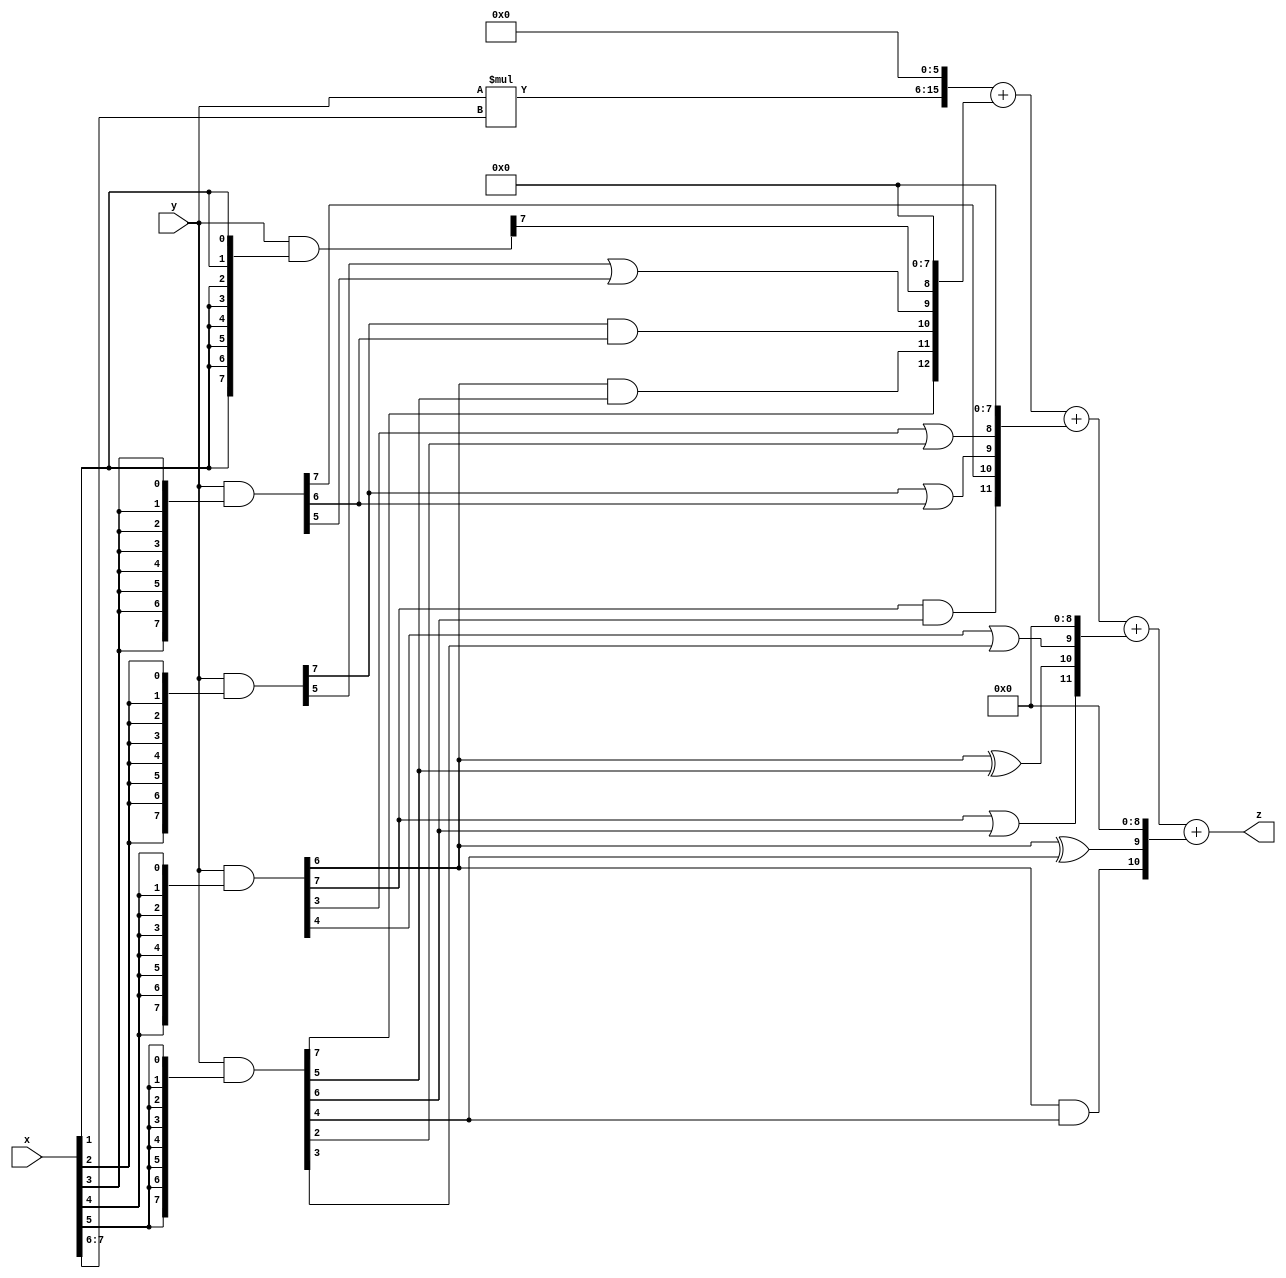
// terms: 14
// fval:  511910.25

module unsigned_exchange_8x8_l6_lamb30000_9 (
	input [7:0] x,
	input [7:0] y,
	output [15:0] z
);

wire [7:0] part1 =  y & {8{x[0]}};
wire [7:0] part2 =  y & {8{x[1]}};
wire [7:0] part3 =  y & {8{x[2]}};
wire [7:0] part4 =  y & {8{x[3]}};
wire [7:0] part5 =  y & {8{x[4]}};
wire [7:0] part6 =  y & {8{x[5]}};
wire [7:0] part7 =  y & {8{x[6]}};
wire [7:0] part8 =  y & {8{x[7]}};

wire [12:0] new_part1;
assign new_part1[0] = 0;
assign new_part1[1] = 0;
assign new_part1[2] = 0;
assign new_part1[3] = 0;
assign new_part1[4] = 0;
assign new_part1[5] = 0;
assign new_part1[6] = 0;
assign new_part1[7] = 0;
assign new_part1[8] = part2[7];
assign new_part1[9] = part3[5] | part4[5];
assign new_part1[10] = part3[7] & part4[6];
assign new_part1[11] = part5[6] & part6[5];
assign new_part1[12] = part6[7];

wire [11:0] new_part2;
assign new_part2[0] = 0;
assign new_part2[1] = 0;
assign new_part2[2] = 0;
assign new_part2[3] = 0;
assign new_part2[4] = 0;
assign new_part2[5] = 0;
assign new_part2[6] = 0;
assign new_part2[7] = 0;
assign new_part2[8] = part5[3] | part6[2];
assign new_part2[9] = part3[7] | part4[6];
assign new_part2[10] = part4[7];
assign new_part2[11] = part5[7] & part6[6];

wire [11:0] new_part3;
assign new_part3[0] = 0;
assign new_part3[1] = 0;
assign new_part3[2] = 0;
assign new_part3[3] = 0;
assign new_part3[4] = 0;
assign new_part3[5] = 0;
assign new_part3[6] = 0;
assign new_part3[7] = 0;
assign new_part3[8] = 0;
assign new_part3[9] = part5[4] | part6[3];
assign new_part3[10] = part5[6] ^ part6[5];
assign new_part3[11] = part5[7] | part6[6];

wire [10:0] new_part4;
assign new_part4[0] = 0;
assign new_part4[1] = 0;
assign new_part4[2] = 0;
assign new_part4[3] = 0;
assign new_part4[4] = 0;
assign new_part4[5] = 0;
assign new_part4[6] = 0;
assign new_part4[7] = 0;
assign new_part4[8] = 0;
assign new_part4[9] = part5[6] ^ part6[4];
assign new_part4[10] = part5[6] & part6[4];

wire [9:0] tmp_z = y*x[7:6];

assign z = {tmp_z, 6'd 0} + new_part1 + new_part2 + new_part3 + new_part4;

endmodule